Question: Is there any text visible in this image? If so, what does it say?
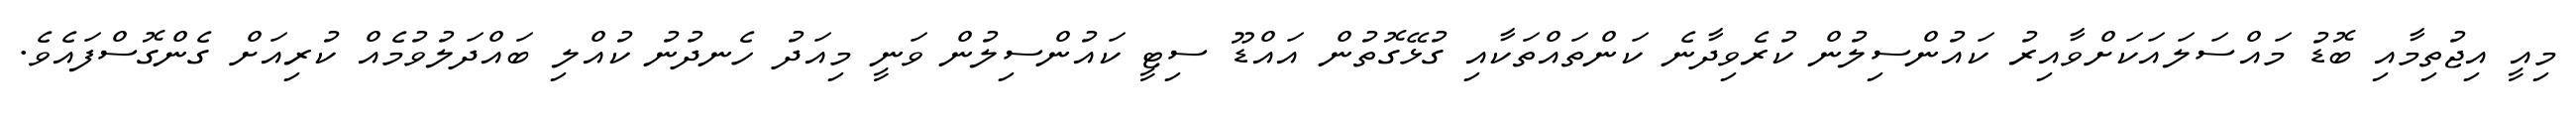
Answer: މިއީ އިޖުތިމާއި ބޮޑު މައްސަލައަކަށްވާއިރު ކައުންސިލުން ކުރެވިދާނެ ކަންތައްތަކާއި ގުޅޭގޮތުން އައްޑޫ ސިޓީ ކައުންސިލުން ވަނީ މިއަދު ހެނދުނު ކުއްލި ބައްދަލުވުމެއް ކުރިއަށް ގެންގޮސްފައެވެ.